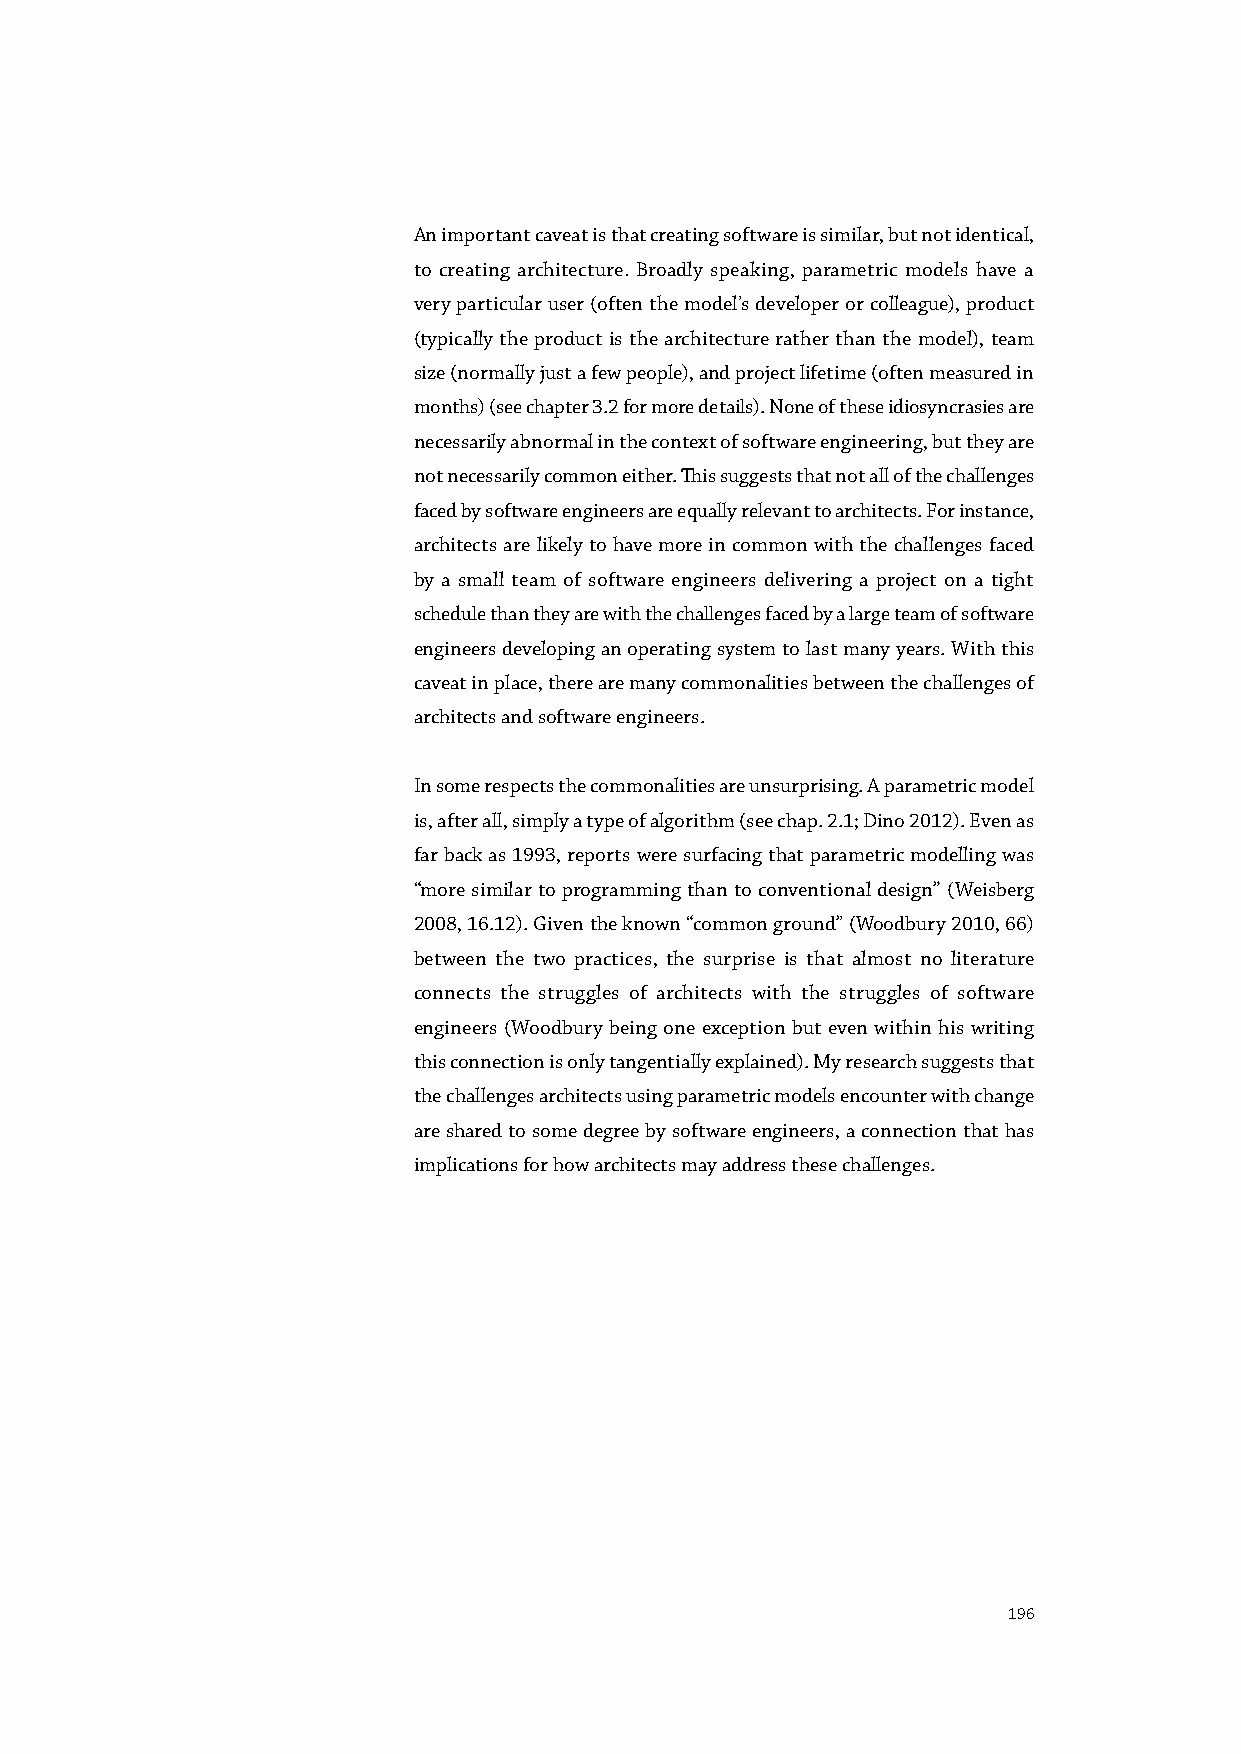
An important caveat is that creating software is similar, but not identical,
 to creating architecture. Broadly speaking, parametric models have a
 very particular user (often the model’s developer or colleague), product
 (typically the product is the architecture rather than the model), team
 size (normally just a few people), and project lifetime (often measured in
 months) (see chapter 3.2 for more details). None of these idiosyncrasies are
 necessarily abnormal in the context of software engineering, but they are
 not necessarily common either. This suggests that not all of the challenges
 faced by software engineers are equally relevant to architects. For instance,
 architects are likely to have more in common with the challenges faced
 by a small team of software engineers delivering a project on a tight
 schedule than they are with the challenges faced by a large team of software
 engineers developing an operating system to last many years. With this
 caveat in place, there are many commonalities between the challenges of
 architects and software engineers.
 In some respects the commonalities are unsurprising. A parametric model
 is, after all, simply a type of algorithm (see chap. 2.1; Dino 2012). Even as
 far back as 1993, reports were surfacing that parametric modelling was
 “more similar to programming than to conventional design” (Weisberg
 2008, 16.12). Given the known “common ground” (Woodbury 2010, 66)
 between the two practices, the surprise is that almost no literature
 connects the struggles of architects with the struggles of software
 engineers (Woodbury being one exception but even within his writing
 this connection is only tangentially explained). My research suggests that
 the challenges architects using parametric models encounter with change
 are shared to some degree by software engineers, a connection that has
 implications for how architects may address these challenges.
 196